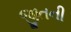
જીતની